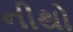
નીથો